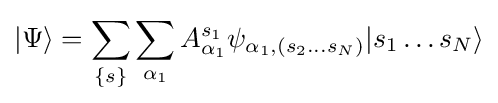
|\Psi \rangle =\sum _{\{s\}}\sum _{\alpha _{1}}A_{\alpha _{1}}^{s_{1}}\psi _{\alpha _{1},(s_{2}...s_{N})}|s_{1}\ldots s_{N}\rangle